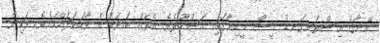
އޭނާގެ އިސްތަށިގަނޑު މީސް މީޑިޔާގައި މަޝްހޫރެވެ. އެތައް ބަޔަކު އެ ވާހަކަދައްކައެވެ. ވަކިން